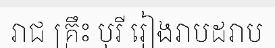
រាជ គ្រឹះ បុរី រៀងរាបដរាប